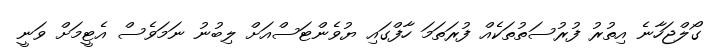
ގޯލްޖަހާނެ އިތުރު ފުރުސަތުތަކެއް ފުރަތަމަ ހާފްގައި ޔުވެންޓަސްއަށް ލިބުނު ނަމަވެސް އެޓީމަށް ވަނީ